Lunatic asylums Bombay report 1891-1903 - 1891-1903
Year: 1891
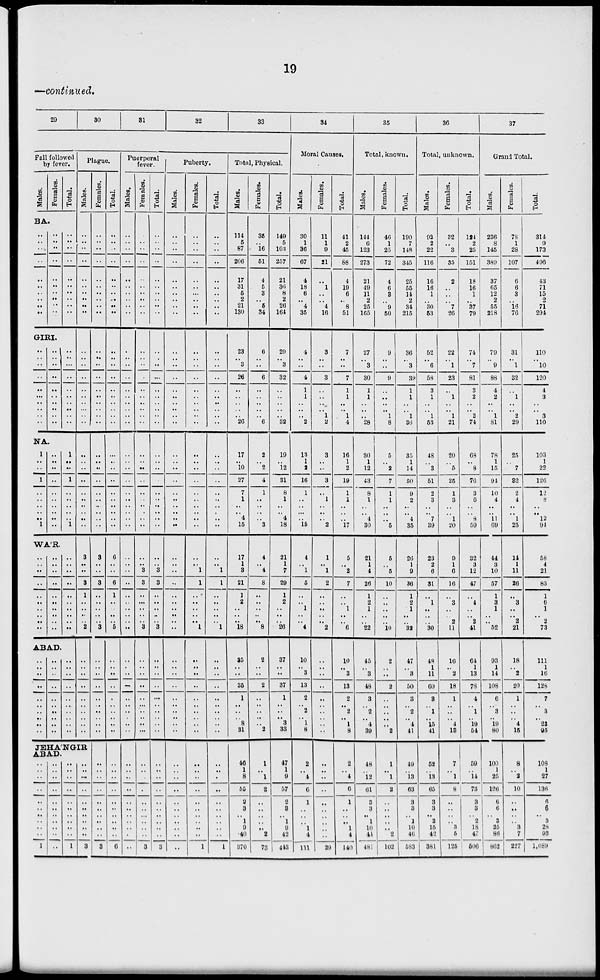
19
—continued.
29
30
31
32
33
Fall followed
by fever.
Males.
Females.
Total.
BA.
..
..
..
..
..
..
..
..
..
..
..
..
..
..
..
..
..
..
..
..
..
..
..
..
..
..
..
..
..
..
GIRI.
..
..
..
..
..
..
..
..
..
..
..
..
..
..
..
..
..
..
..
..
..
..
..
..
..
..
..
..
..
..
NA.
1
..
..
1
..
..
..
..
..
1
..
..
..
..
..
..
..
..
..
..
1
..
..
1
..
..
..
..
.. 1
WA'R.
..
..
..
..
..
..
..
..
..
..
..
..
..
..
..
..
..
..
..
..
..
..
..
..
..
..
..
..
..
..
ABAD.
..
..
..
..
..
..
..
.. ..
..
..
..
..
..
..
..
..
.. ..
..
..
..
..
..
..
..
..
.. ..
..
Plague.
Males.
..
..
..
..
..
..
..
..
..
..
..
..
..
..
..
..
..
..
..
..
..
..
..
..
..
..
..
..
..
..
3
..
..
3
1
..
..
..
.. 2
..
..
..
..
..
..
..
.. ..
..
JEHA'NGIR
ABAD.
..
..
..
..
..
..
..
..
..
..
1
..
..
..
..
..
..
..
..
..
..
..
..
..
..
..
..
..
..
..
..
..
1
..
..
..
..
..
..
..
..
..
..
3
Females.
..
..
..
..
..
..
..
..
..
..
..
..
..
..
..
..
..
..
..
..
..
..
..
..
..
..
..
..
..
..
3
..
..
3
..
..
..
..
3
..
..
..
..
..
..
..
.. ..
..
..
..
..
..
..
..
..
..
..
..
3
Total.
..
..
..
..
..
..
..
..
..
..
..
..
..
..
..
..
..
..
..
..
..
..
..
..
..
..
..
..
..
..
6
..
..
6
1
..
..
..
.. 5
..
..
..
..
..
..
..
.. ..
..
..
..
..
..
..
..
..
..
..
..
6
Puerperal
fever.
Males.
..
..
..
..
..
..
..
..
..
..
..
..
..
..
..
..
..
..
..
..
..
..
..
..
..
..
..
..
..
..
..
..
..
..
..
..
..
..
..
..
..
..
..
..
..
..
..
.. ..
..
..
..
. .
..
..
..
.. ..
..
..
..
Females.
..
..
..
..
..
..
..
..
..
..
..
..
..
..
..
..
..
..
..
..
..
..
..
..
..
..
..
..
..
..
..
.. 3
3
..
..
..
..
.. 3
..
..
..
..
..
..
..
.. ..
..
..
..
..
..
..
..
..
..
..
..
3
Total.
..
..
..
..
..
..
..
..
..
..
..
..
..
..
..
..
..
..
..
..
..
..
..
..
..
..
..
..
..
..
..
.. 3
3
..
..
..
..
.. 3
..
..
..
. .
..
..
..
.. ..
..
..
..
..
. .
..
..
..
..
..
..
3
Puberty.
Males.
..
..
..
..
..
..
..
..
..
..
..
..
..
..
..
..
..
..
..
..
..
..
..
..
..
..
..
..
..
..
..
..
..
..
..
..
..
..
..
..
..
..
. .
..
..
..
.. ..
..
..
..
. .
..
..
..
.. ..
..
..
..
Females.
..
..
..
..
..
..
..
..
..
..
..
..
..
..
..
..
..
..
..
..
..
..
..
..
..
..
..
..
..
..
..
.. 1
1
..
..
..
..
.. 1
..
..
. .
. .
..
..
..
.. ..
..
..
..
..
..
..
..
. .
..
..
..
1
Total.
..
..
..
..
..
..
..
..
..
..
..
..
..
..
..
..
..
.. ..
..
..
..
..
. .
..
..
..
..
..
..
..
..
1
1
..
..
..
..
.. 1
..
..
..
..
..
..
..
.. ..
..
..
..
..
..
..
..
.. ..
..
..
1
Total , Physical.
Males.
114
5
87
206
17
31
5
2
21
130
23
..
3
26
..
..
..
.. ..
26
17
.. 10
27
7
1
..
..
4
15
17
1
3
21
1
2
..
..
.. 18
35
..
..
35
1
..
..
.. 8
31
46
1
8
55
2
3
. . 1
9
40
370
Females.
35
..
16
51
4
5
3
..
5
34
6
..
..
6
..
..
..
..
.. 6
2
..
2
4
1
..
..
..
..
3
4
..
4
8
..
..
..
.. 8
2
..
..
2
..
..
..
.. .. 2
1
..
1
2
..
..
.. ..
..
2
73
Total.
149
5
103
257
21
36
8
2
26
164
29
..
3
32
..
..
..
.. 32
19
.. 12
31
8
1
..
..
4
18
21
1
7
29
1
2
..
..
.. 26
37
..
..
37
1
..
..
.. 3
33
47
1
9
57
2
3
.. 1
9
42
443
34
Moral Causes.
Males.
30
1
36
67
4
18
6
.. 4
35
4
..
..
4
1
1
..
..
.. 2
13
1
2
16
1
..
..
..
.. 15
4
.. 1
5
..
..
1
..
.. 4
10
.. 3
13
2
..
2
.. 1
8
2
4
6
1
..
.. ..
1
4
111
Females.
11
1
9
21
..
1
..
.. 4
16
3
..
..
3
..
..
..
.. 1
2
3
..
..
3
..
1
..
..
.. 2
1
.. 1
2
..
..
..
.. ..
2
..
..
..
. .
..
..
..
.. ..
..
..
..
..
. .
..
..
..
..
..
..
29
Total.
41
2
45
88
4
19
6
..
8
51
7
..
..
7
1
1
..
..
1
4
16
1
2
19
1
1
..
..
. .
17
5
..
2
7
..
..
1
..
.. 6
10
.. 3
13
2
..
2
..
1
8
2
..
4
6
1
..
..
1
4
140
35
Total, known.
Males.
144
6
123
273
21
49
11
2
25
165
27
..
3
30
1
1
..
..
28
30
1
12
43
8
1
..
..
4
30
21
1
4
26
1
2
1
..
.. 22
45
.. 3
48
3
..
2
.. 4
39
48
12
61
3
3
.. 1
10
44
481
Females.
46
1
25
72
4
6
3
..
9
50
9
..
..
9
..
..
..
. . 1
8
5
..
2
7
1
1
..
..
..
5
5
..
5
10
..
..
..
..
.. 10
2
.. ..
2
..
. .
..
.. ..
2
1
..
1
2
..
..
..
..
..
2
102
Total.
190
7
148
345
25
55
14
2
34
215
36
..
3
39
1
1
..
.. 1
36
35
1
14
50
9
2
.. ..
4
35
26
1
9
36
1
2
1
..
..
32
47
.. 3
50
3
..
2
.. 4
41
49
13
63
3
3
. . 1
10
46
583
36
Total, unknown.
Males.
92
2
22
116
16
16
1
.. 30
53
52
..
6
58
3
1
..
.. 1
53
48
.. 3
51
2
3
.. ..
7
39
23
2
6
31
..
1
..
.. ..
30
48
1
11
60
3
..
1
.. 15
41
52
..
13
65
3
3
.. 2
15
42
381
Females.
32
..
3
35
2
..
..
..
7
26
22
1
23
..
1
..
.. 1
21
20
.. 5
25
1
3
..
..
1
20
9
1
6
16
..
3
..
.. 2
11
16
.. 2
18
1
..
..
.. 4
13
7
.. 1
8
..
..
..
.. 3
5
125
Total.
124
2
25
151
18
16
1
..
37
79
74
..
7
81
3
2
..
.. 2
74
68
.. 8
76
3
6
..
..
8
59
32
3
12
47
..
4
..
.. 2
41
64
1
13
78
4
..
1
.. 19
54
59
..
14
73
3
3
..
2
18
47
506
37
Grand Total.
Males.
236
8
145
389
37
65
12
2
55
218
79
..
9
88
4
2
. .
.. 1
81
78
1
15
94
10
4
..
..
11
69
44
3
10
57
1
3
1
..
.. 52
93
1
14
108
6
..
3
.. 19
80
100
1
25
126
6
6
.. 3
25
86
862
Females.
78
1
28
107
6
6
3
..
16
76
31
. .
1
32
..
1
..
.. 2
29
25
.. 7
32
2
4
..
..
1
25
14
1
11
26
..
3
..
.. 2
21
18
.. 2
20
1
..
..
.. 4
15
8
.. 2
10
..
..
3
7
227
Total.
314
9
173
496
43
71
15
2
71
294
110
..
10
120
4
3
.. 3
110
103
1
22
126
12
8
..
..
12
94
58
4
21
83
1
6
1
.. 2
73
111
1
10
128
7
..
3
23
95
108
1
27
136
6
6
. . 3
28
93
1,089